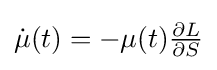
{\textstyle {\dot {\mu }}(t)=-\mu (t){\frac {\partial L}{\partial S}}}